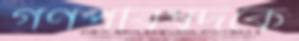
গণপরিষদকে